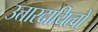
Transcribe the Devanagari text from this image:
उत्तारदायित्वों